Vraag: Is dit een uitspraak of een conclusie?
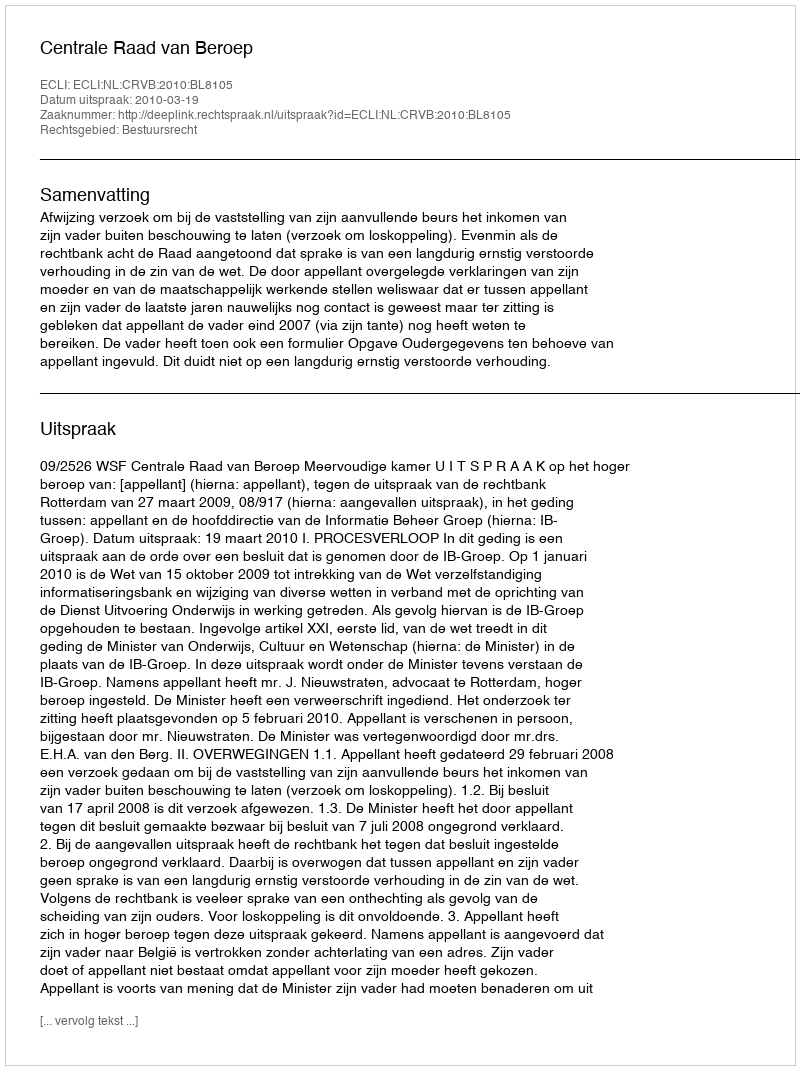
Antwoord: Uitspraak